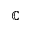
\mathbb { C }